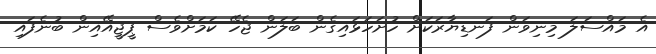
އެ މައްސަލަ މިނިވަން ފަނޑިޔާރަކަށް ހުށަހަޅައިގެން ބަލަން ޖެހޭ ކަމަށްވެސް ޕީޖީއޭއިން ބުނެފައި